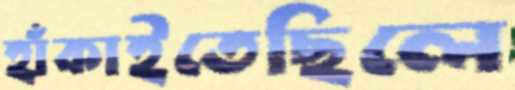
হাঁকাইতেছিলে